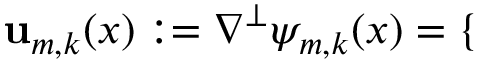
\mathbf { u } _ { m , k } ( x ) : = \nabla ^ { \perp } \psi _ { m , k } ( x ) = \mathopen { } \mathclose \bgroup \left\{ \begin{array} { r l r l } \end{array} \aftergroup \egroup \right.